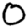
Digit: 0